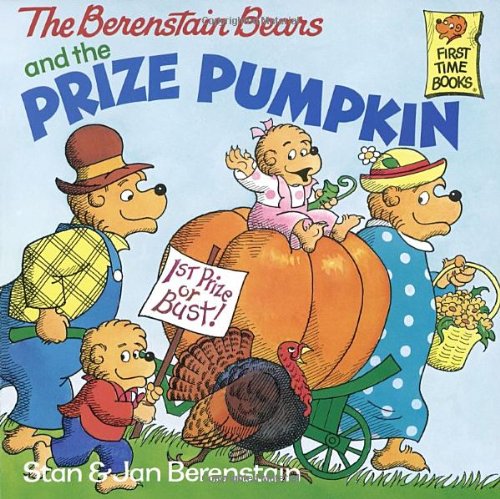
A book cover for The Berenstain Bears and the Prize Pumpkin; Stan Berenstain; Children's Books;